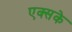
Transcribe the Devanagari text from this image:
एक्सके